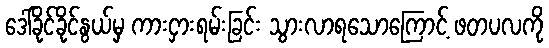
ဒေါ်ခိုင်ခိုင်နွယ်မှ ကားငှားရမ်းခြင်း သွားလာရသောကြောင့် ဖတပလကို